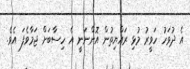
އެ ދުވަހު ހަވީރު މުޅި ރައްޔިތުން އޮންނަނީ އެ ހިސާބަށް ޖަމާވެފަ އެވެ.